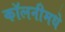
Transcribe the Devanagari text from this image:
कॉलनीमधे